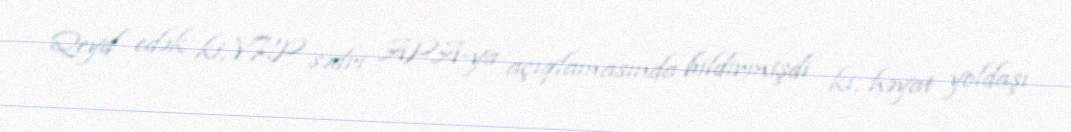
Qeyd edək ki, VHP sədri APA-ya açıqlamasında bildirmişdi ki, həyat yoldaşı